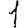
Digit: 1